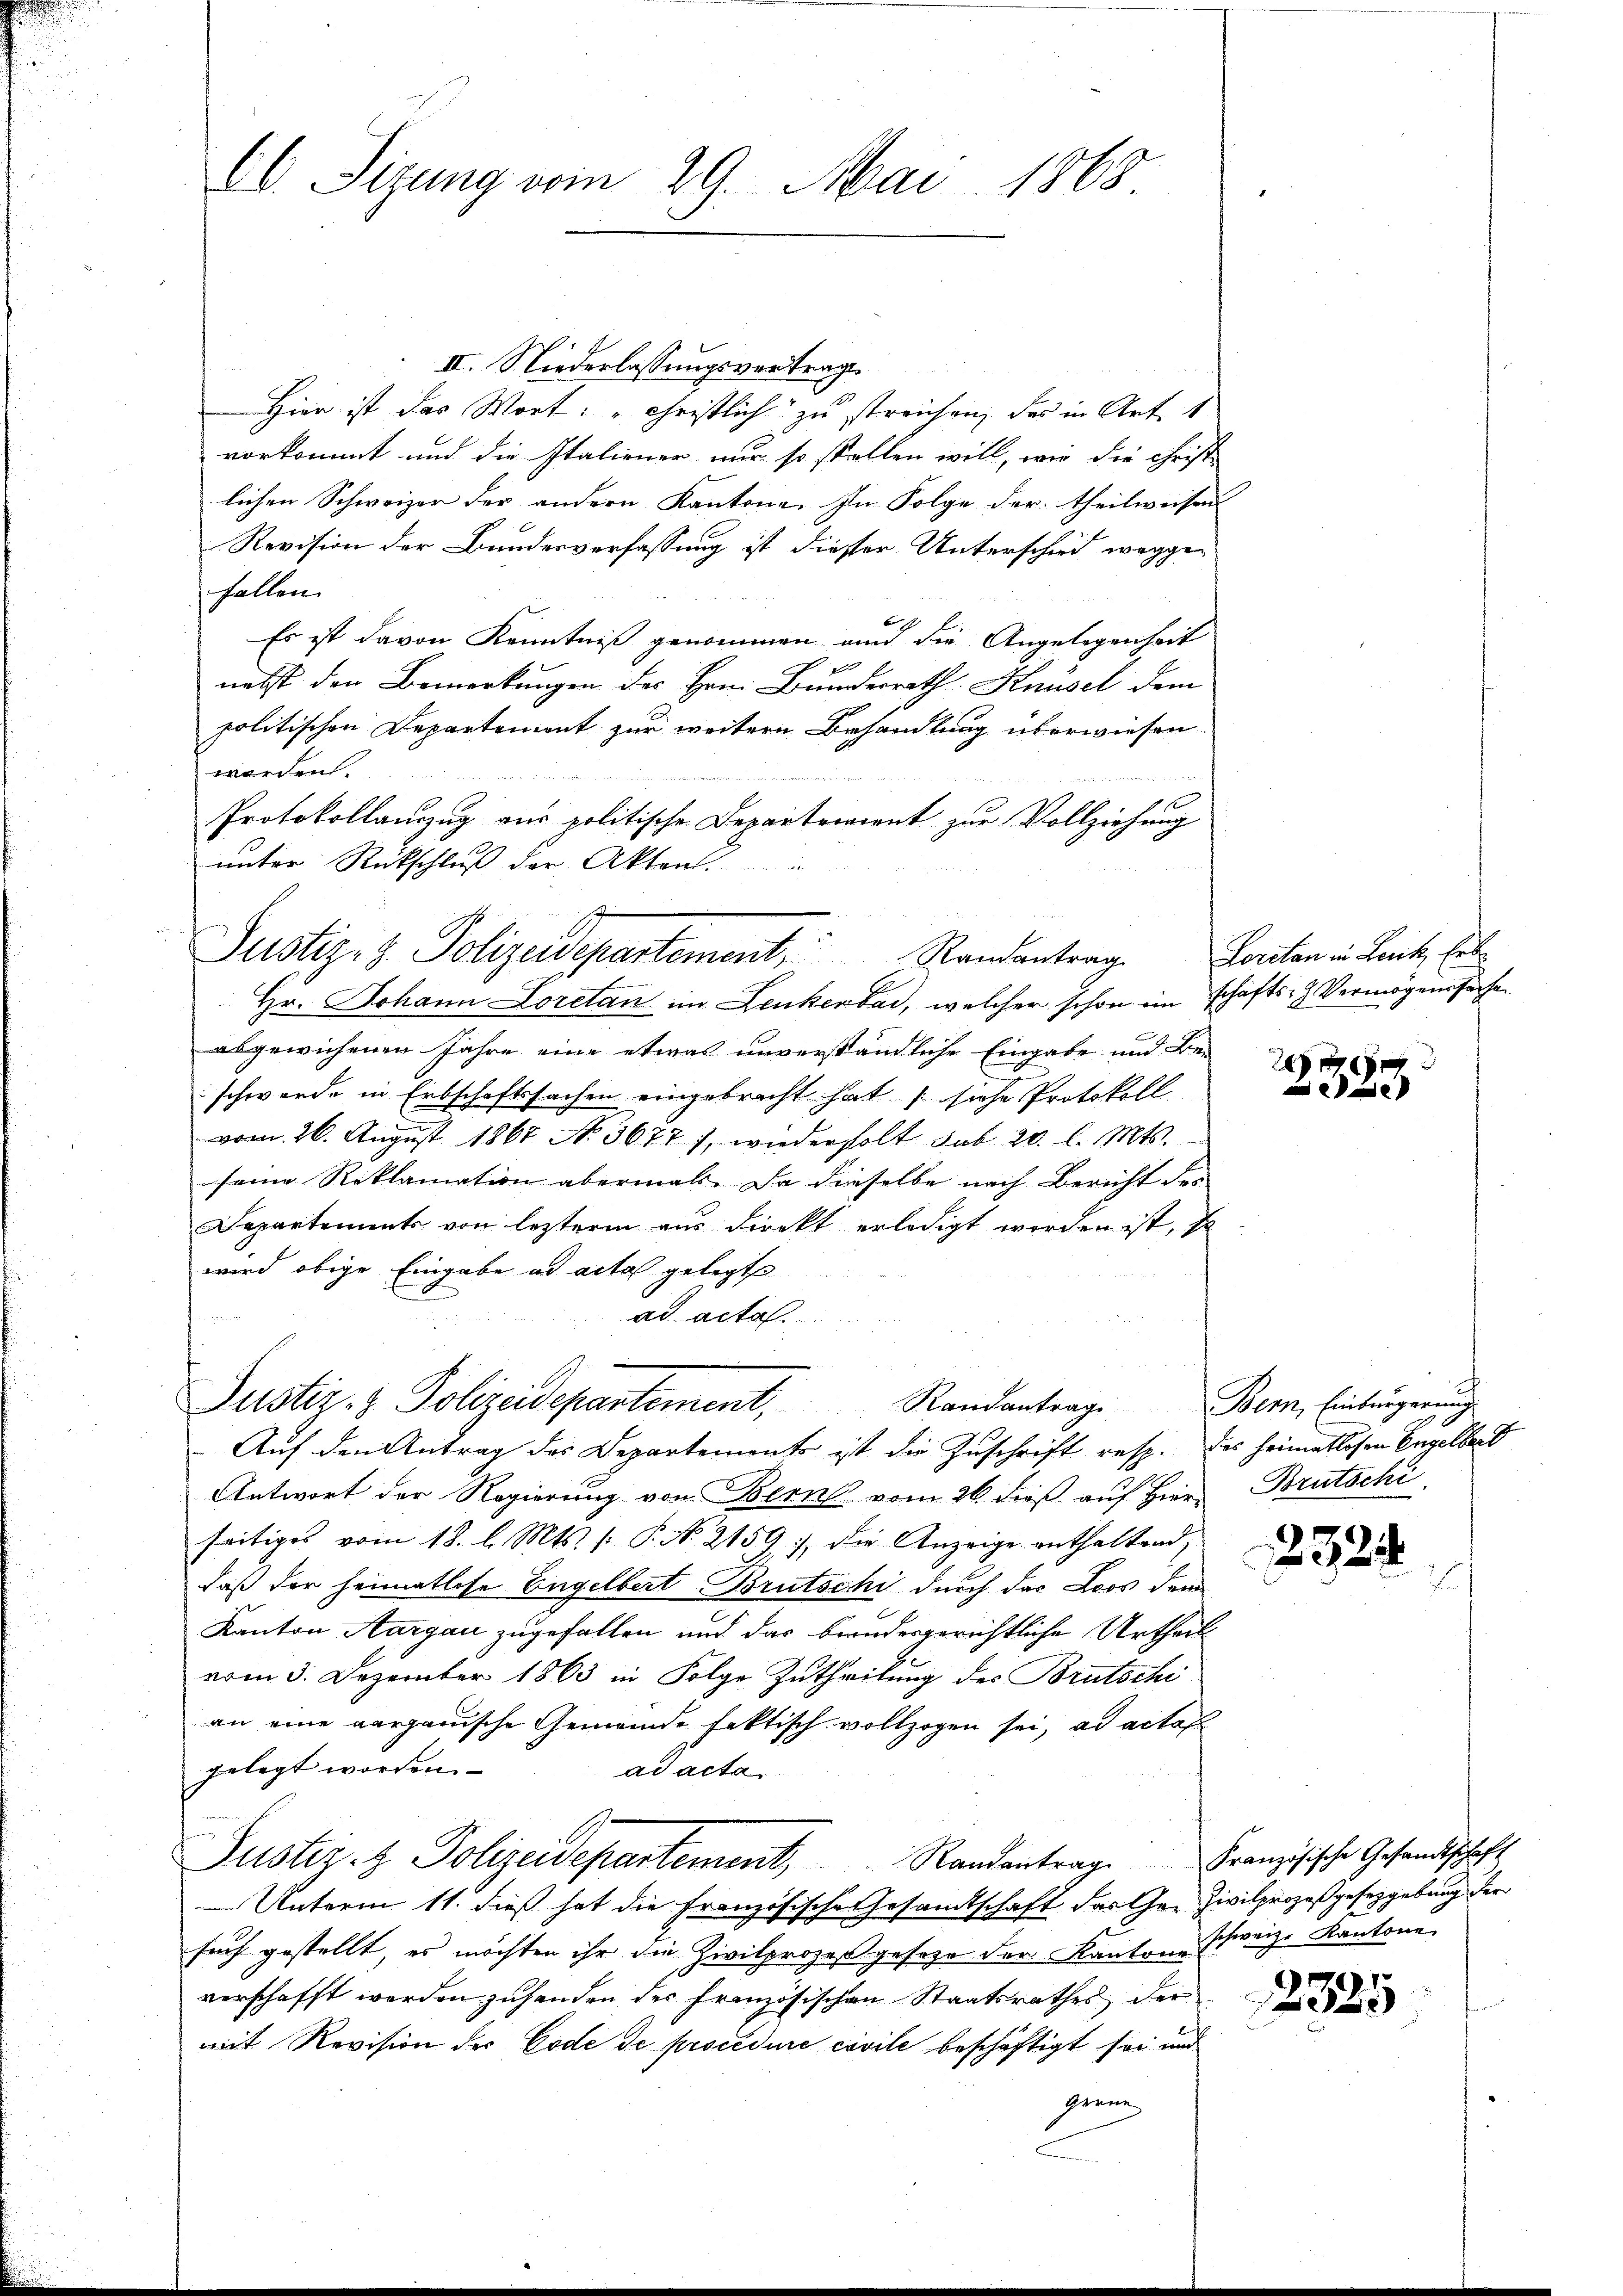
A. Sizung vom 29. Mai 1868

II. Niederlassungsvertrag.
Hier ist das Wort: „Christlich zu streichen, das in Art. 1
vorkommt und die Italiener nur so stellen will, wie die Christ-
lichen Schweizer der andern Kantone. In Folge der theilweisen
Revision der Bundesverfassung ist diesser Unterschied weggefallen.
Es ist davon Kenntniß genommen und die Angelegenheit
nebst den Bemerkungen des Hrn. Bunderrath Knüsel dem
politischen Departement zur weitere Behandlung überwiesen.
worden.
Protokollauszug aus politische Departerient zur Vollziehung
unter Rückschluß der Akten
Hr. Johann Loretan im Lenkerbar, welcher schon im schafts- & Vermögenssache
abgewichenen Jahre eine etwas unverständliche Eingabe und Be-
schwerde in Erbschaftssachen eingebracht hat siche Protokoll
vom 26. August 1861 No. 3677 f. wiederholt sub. 20. l. Mts.
seine Reklamation abermals. Da dieselbe nach Bericht der
Departements von lezterm aus direkt erledigt worden ist, so
wird obige Eingabe ad acta gelegt
ad acta.
Justiz- & Polizeidepartement,
Randantrage
Auf den Antrag des Departements ist die Zuschrift resp. des heimatlosen Engelbert
Antwort der Regierung von Bern vom 26. dieß auf Herr Brutschi
seitiges vom 18. l. Mts. (: P. No. 2159 die Anzeige enthaltend,
daß der heimatlose Engelbert Brutschi durch das Loos dem
Kanton Aargau zugefallen und das brandesgerichtliche Urtheil
vom 3. Dezember 1863 in Folge Zutheilung des Brutschi
an eine aargauische Gemeinde faktisch vollzogen sei, ad actat
gelegt worden.
ad acta
Justiz- & Polizeidepartement, Randantrage Französische Gesandtschaft
Unterm 11. dieß hat die Französische Gesandtschaft darten Zivilprozeßgesetzgebung der
such gestellt, es möchten ihr die Zivilprozeß gesehe der Kantone schweiz. Kantone
verschafft werden zuhanden der französischen Staatsrathes der
mit Revision der Code de procedure civile beschäftigt sei und
gren

Justiz- & Polizeidepartement, Randantrag

Loritan in Lenitz Erb

2
e

Bern, Einbürgerung

2324

1791.
e